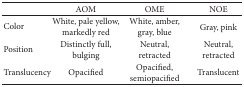
<table><thead><tr><td><b> </b></td><td><b> AOM </b></td><td><b> OME </b></td><td><b> NOE</b></td></tr></thead><tbody><tr><td>Color </td><td> White, pale yellow, markedly red </td><td> White, amber, gray, blue </td><td> Gray, pink</td></tr><tr><td>Position </td><td> Distinctly full, bulging </td><td> Neutral, retracted</td><td> Neutral, retracted</td></tr><tr><td>Translucency </td><td> Opacified </td><td> Opacified, semiopacified </td><td> Translucent</td></tr></tbody></table>